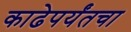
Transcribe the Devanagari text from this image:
काढेपर्यंतचा